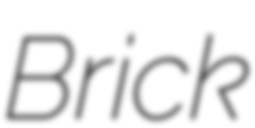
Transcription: Brick